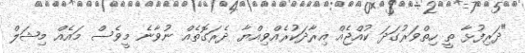
"ދަރިފުޅާ ތީ ހިތްވަރުގަދަ ކުއްޖެއް އިރާދަކުރެއްވިއްޔާ ދެރަގޮތެއް ނުވާނެ މީވެސް މައެއް މިޝަލް